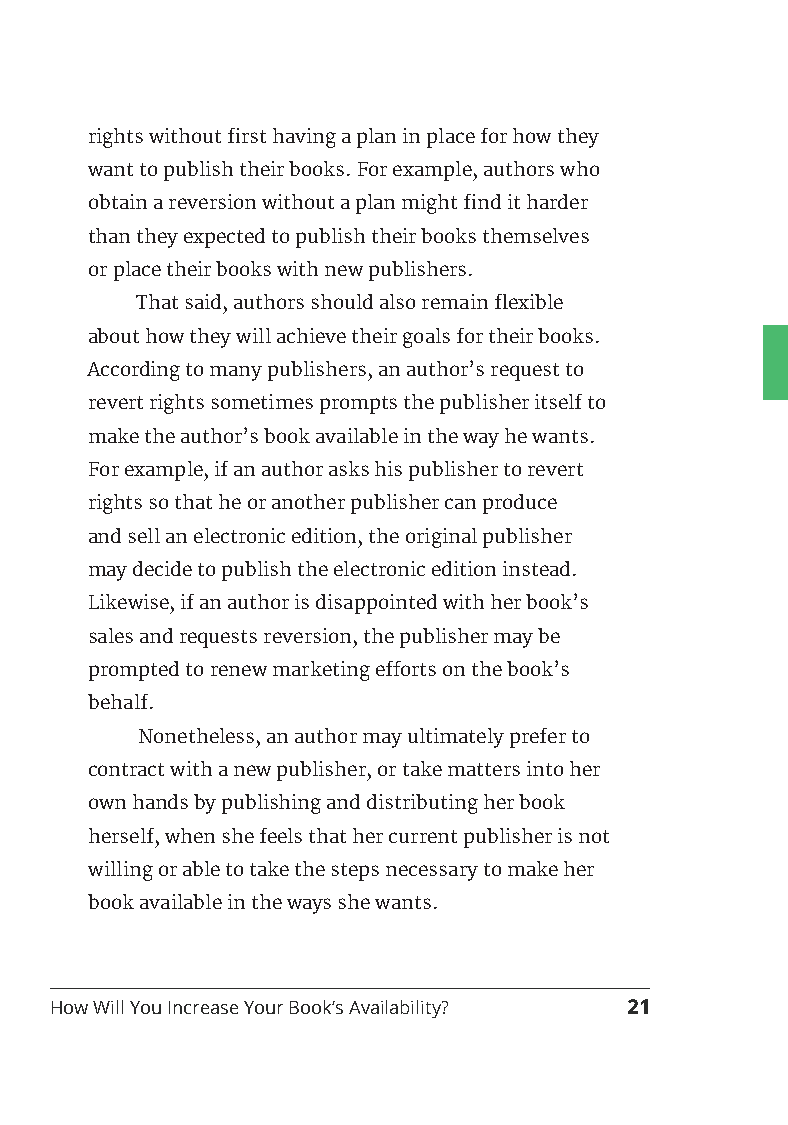
rights without first having a plan in place for how they
 want to publish their books. For example, authors who
 obtain a reversion without a plan might find it harder
 than they expected to publish their books themselves
 or place their books with new publishers.
 That said, authors should also remain flexible
 about how they will achieve their goals for their books.
 According to many publishers, an author’s request to
 revert rights sometimes prompts the publisher itself to
 make the author’s book available in the way he wants.
 For example, if an author asks his publisher to revert
 rights so that he or another publisher can produce
 and sell an electronic edition, the original publisher
 may decide to publish the electronic edition instead.
 Likewise, if an author is disappointed with her book’s
 sales and requests reversion, the publisher may be
 prompted to renew marketing efforts on the book’s
 behalf.
 Nonetheless, an author may ultimately prefer to
 contract with a new publisher, or take matters into her
 own hands by publishing and distributing her book
 herself, when she feels that her current publisher is not
 willing or able to take the steps necessary to make her
 book available in the ways she wants.
 How Will You Increase Your Book’s Availability? 21